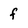
Character: f